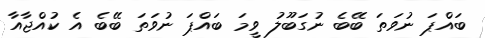
ބައްޕަ ނުވަތަ ބޭބެ ނުގަބޫލު ވީމަ ބައްޕަ ނުވަތަ ބޭބެ އެ ކުއްޖާއާ